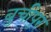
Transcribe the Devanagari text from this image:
बुचीपुर